Annual administration report of the Civil Veterinary Department of India - 1903-1904
Year: 1903
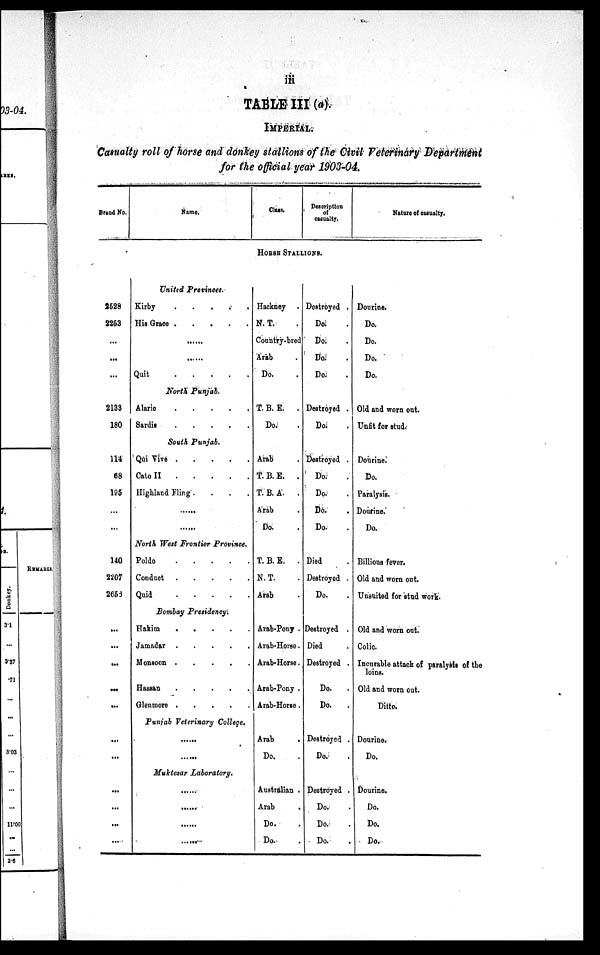
iii
TABLE III (a)
IMPERIAL.
Casualty roll of horse and donkey stallions of the Civil Veterinary Department
for the official year 1903-04.
Brand No.
2528
2263
...
...
...
2133
180
114
68
195
...
...
140
2207
2653
...
...
...
...
...
...
...
...
...
...
...
Name.
United Provinces.
Kirby . . . . . .
His Grace
.
.
.
.
.
......
......
Quit
.
.
.
.
.
North Punjab.
Alario
.
.
.
.
.
Sardis
.
.
.
.
.
South Punjab.
Qit Vive . . . .
Cato II
.
.
.
.
.
Highland Fling .
.
.
.
......
......
North West Frontier Province.
Poldo
.
.
.
.
.
Conduot
.
.
.
.
.
Quid
.
.
.
.
.
Bombay Presidency.
Hakim
.
.
.
.
.
Jamadar . . . . .
Monsoon
.
.
.
.
.
Hassan
.
.
.
.
.
Glenmore . . . . .
Punjab Veterinary College.
......
......
Muktesar Laboratory.
......
......
......
......
Class.
Desoription
of
casualty.
HORSE STALLIONS.
Hackney .
N. T. .
Country-bred
Arab .
Do. .
T. B. E. .
Do. .
Arab .
T. B. E. .
T. B. A. .
Arab .
Do. .
T. B. E. .
N. T. .
Arab .
Arab-Pony .
Arab-Horse.
Arab-Horse.
Arab-Pony .
Arab-Horse .
Arab .
Do. .
Australian .
Arab
.
Do. .
Do. .
Destroyed .
Do. .
Do. .
Do. .
Do. .
Destroyed .
Do. .
Destroyed .
Do. .
Do. .
Do.
Do. .
Died .
Destroyed .
Do. .
Destroyed .
Died .
Destroyed .
Do.
.
Do.
.
Destroyed .
Do. .
Destroyed .
Do. .
Do. .
Do. .
Nature of casualty.
Dourine.
Do.
Do.
Do.
Do.
Old and worn out.
Unfit for stud.
Dourine.
Do.
Paralysis.
Dourine.
Do.
Billions fever.
Old and worn out.
Unsuited for stud work.
Old and worn out.
Colic.
Incurable attack of paralysis of the
loins.
Old and worn out.
Ditto.
Dourine.
Do.
Dourine.
Do.
Do.
Do.